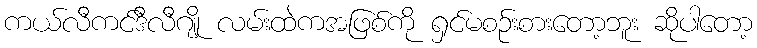
ကယ်လီကင်ဒီလီဂျို လမ်းထဲကအဖြစ်ကို ရှင်မစဉ်းစားတော့ဘူး ဆိုပါတော့